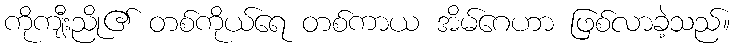
ကိုကျီးညို၏ တစ်ကိုယ်ရေ တစ်ကာယ အိမ်ဂေဟာ ဖြစ်လာခဲ့သည်။